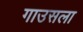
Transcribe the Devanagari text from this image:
गाउसला